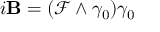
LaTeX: i \mathbf { B } = ( { \mathcal { F } } \wedge \gamma _ { 0 } ) \gamma _ { 0 }